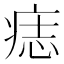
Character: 痣